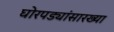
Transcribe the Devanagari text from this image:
घोरपड्यांसारख्या